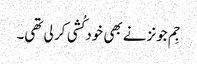
جِم جونزنے بھی خود کُشی کر لی تھی۔